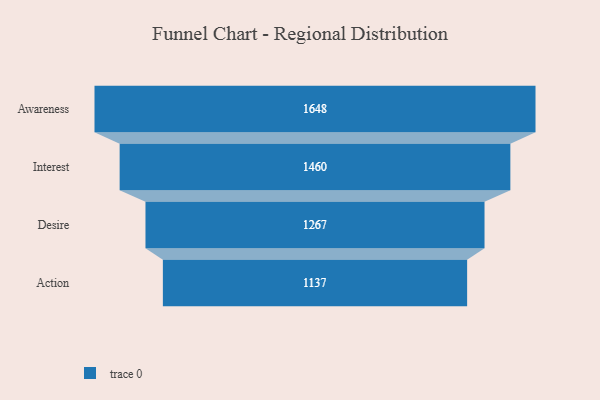
{"axis": {"x": "Stage", "y": "Value"}, "legend": [""], "data": [{"x": "Awareness", "y": 1648.0, "type": ""}, {"x": "Interest", "y": 1460.0, "type": ""}, {"x": "Desire", "y": 1267.0, "type": ""}, {"x": "Action", "y": 1137.0, "type": ""}]}